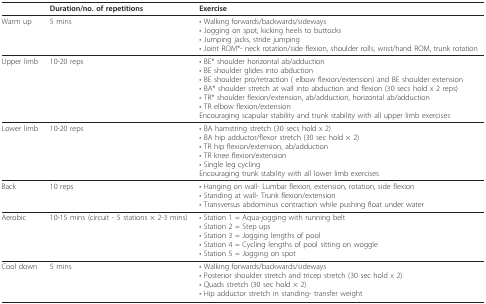
<table><thead><tr><td></td><td><b>Duration/no. of repetitions</b></td><td><b>Exercise</b></td></tr></thead><tbody><tr><td>Warm up</td><td>5 mins</td><td>• Walking forwards/backwards/sideways• Jogging on spot, kicking heels to buttocks• Jumping jacks, stride jumping• Joint ROM*- neck rotation/side flexion, shoulder rolls, wrist/hand ROM, trunk rotation</td></tr><tr><td>Upper limb</td><td>10-20 reps</td><td>• BE* shoulder horizontal ab/adduction• BE shoulder glides into abduction• BE shoulder pro/retraction ( elbow flexion/extension) and BE shoulder extension• BA* shoulder stretch at wall into abduction and flexion (30 secs hold x 2 reps)• TR* shoulder flexion/extension, ab/adduction, horizontal ab/adduction• TR elbow flexion/extensionEncouraging scapular stability and trunk stability with all upper limb exercises</td></tr><tr><td>Lower limb</td><td>10-20 reps</td><td>• BA hamstring stretch (30 secs hold x 2)• BA hip adductor/flexor stretch (30 sec hold × 2)• TR hip flexion/extension, ab/adduction• TR knee flexion/extension• Single leg cyclingEncouraging trunk stability with all lower limb exercises</td></tr><tr><td>Back</td><td>10 reps</td><td>• Hanging on wall- Lumbar flexion, extension, rotation, side flexion• Standing at wall- Trunk flexion/extension• Transversus abdominus contraction while pushing float under water</td></tr><tr><td>Aerobic</td><td>10-15 mins (circuit - 5 stations × 2-3 mins)</td><td>• Station 1 = Aqua-jogging with running belt• Station 2 = Step ups• Station 3 = Jogging lengths of pool• Station 4 = Cycling lengths of pool sitting on woggle• Station 5 = Jogging on spot</td></tr><tr><td>Cool down</td><td>5 mins</td><td>• Walking forwards/backwards/sideways• Posterior shoulder stretch and tricep stretch (30 sec hold x 2)• Quads stretch (30 sec hold × 2)• Hip adductor stretch in standing- transfer weight</td></tr></tbody></table>